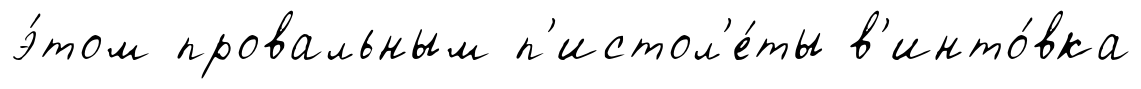
э́том провальным п'истол'е́ты в'инто́вка